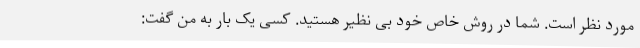
مورد نظر است. شما در روش خاص خود بی نظیر هستید. کسی یک بار به من گفت: